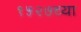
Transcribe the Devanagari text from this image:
१५२७च्या